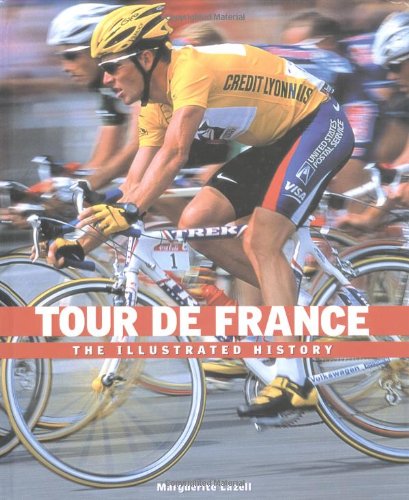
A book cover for Tour de France: The Illustrated History; Marguerite Lazell; Children's Books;